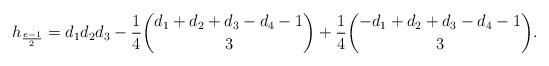
LaTeX: \begin{align*} h_{\frac{e-1}{2}}= d_1d_2d_3-\frac14 \binom{d_1+d_2+d_3-d_4-1}3 + \frac14\binom{-d_1+d_2+d_3-d_4-1}3. \end{align*}